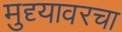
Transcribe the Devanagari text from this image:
मुद्द्यावरचा